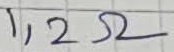
Text: 1,2Ω